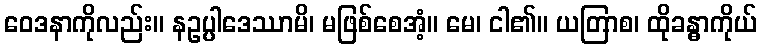
ဝေဒနာကိုလည်း။ နဥပ္ပါဒေဿာမိ၊ မဖြစ်စေအံ့။ မေ၊ ငါ၏။ ယတြာစ၊ ထိုခန္ဓာကိုယ်